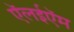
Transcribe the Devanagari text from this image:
ऍलईऍम